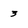
Character: 3